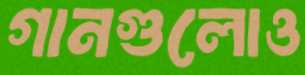
গানগুলোও